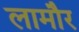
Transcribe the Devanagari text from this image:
लामौर